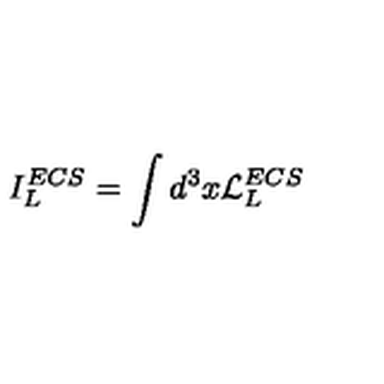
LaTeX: I _ { L } ^ { E C S } = \int d ^ { 3 } x { \cal L } _ { L } ^ { E C S }